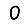
Digit: 0